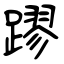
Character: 蹘